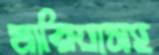
মারিয়াসহ